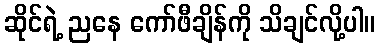
ဆိုင်ရဲ့ ညနေ ကော်ဖီချိန်ကို သိချင်လို့ပါ။